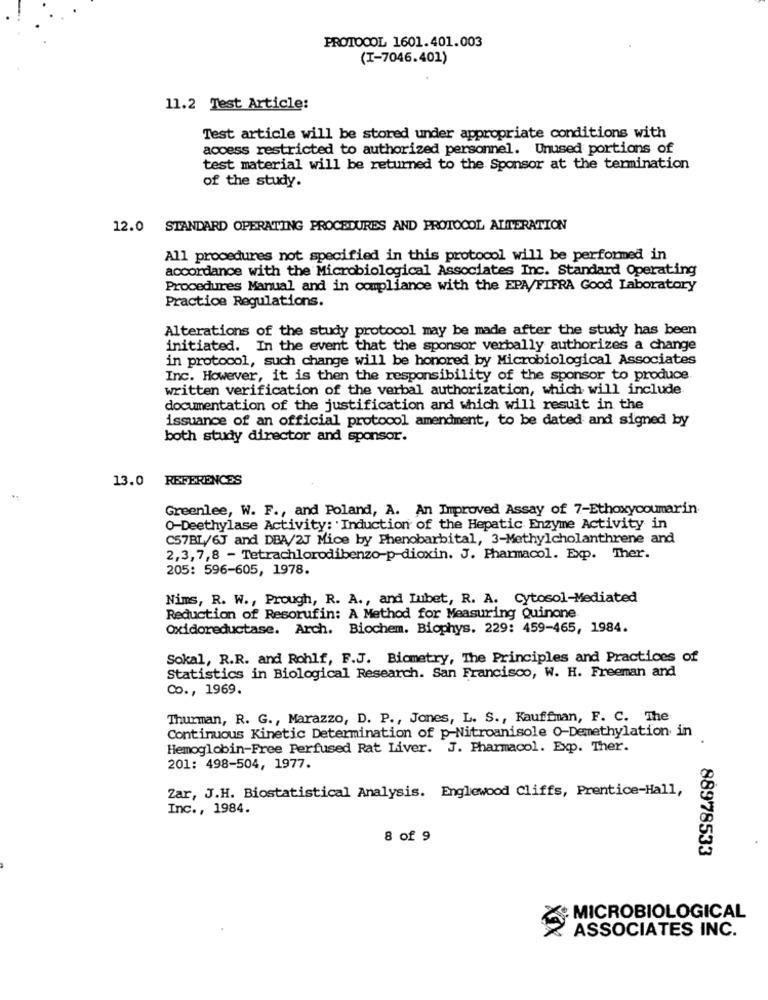
PROTOCOL 1601.401.003
(I-7046.401)
11.2 Test Article:
Test article will be stored under appropriate conditions with
access restricted to authorized personnel. Unused portions of
test material will be returned to the Sponsor at the termination
of the study.
12.0 STANDARD OPERATING PROCEDURES AND PROTOCOL ALTERATION
All procedures not specified in this protocol will be performed in
accordance with the Microbiological Associates Inc. Standard Operating
Procedures Manual and in compliance with the EPA/FIFRA Good Laboratory
Practice Regulations.
Alterations of the study protocol may be made after the study has been
initiated. In the event that the sponsor verbally authorizes a change
in protocol, such change will be honored by Microbiological Associates
Inc. However, it is then the responsibility of the sponsor to produce.
written verification of the verbal authorization, which will include
documentation of the justification and which will result in the
issuance of an official protocol amendment, to be dated and signed by
both study director and sponsor.
13.0 REFERENCES
Greenlee, W. F ., and Poland, A. An Improved Assay of 7-Ethoxycoumarin.
O-Deethylase Activity: 'Induction of the Hepatic Enzyme Activity in
C57BL/6J and DBA/2J Mice by Phenobarbital, 3-Methylcholanthrene and
2,3,7,8 - Tetrachlorodibenzo-p-dioxin. J. Pharmacol. Exp. Ther.
205: 596-605, 1978.
Nims, R. W ., Prough, R. A ., and Lubet, R. A. Cytosol-Mediated
Reduction of Resorufin: A Method for Measuring Quinone
Oxidoreductase. Arch. Biochem. Biophys. 229: 459-465, 1984.
Sokal, R.R. and Rohlf, F.J. Biometry, The Principles and Practices of
Statistics in Biological Research. San Francisco, W. H. Freeman and
Co ., 1969.
Thurman, R. G ., Marazzo, D. P ., Jones, L. S ., Kauffman, F. C. The
Continuous Kinetic Determination of p-Nitroanisole O-Demethylation in
Hemoglobin-Free Perfused Rat Liver. J. Pharmacol. Exp. Ther.
201: 498-504, 1977.
Zar, J.H. Biostatistical Analysis. Englewood Cliffs, Prentice-Hall,
Inc ., 1984.
8 of 9
88978533
MICROBIOLOGICAL
ASSOCIATES INC.